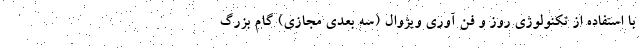
با استفاده از تکنولوژی روز و فن آوری ویژوال (سه بعدی مجازی) گام بزرگ